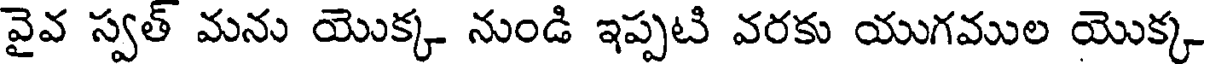
వైవ స్వత్ మను యొక్క నుండి ఇప్పటి వరకు యుగముల యొక్క